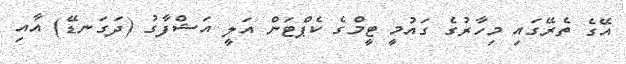
އޭގެ ތެރޭގައި މިހާރުގެ ގައުމީ ޓީމްގެ ކެޕްޓަން އަލީ އަޝްފާގު (ދަގަނޑޭ) އާއި